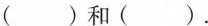
（）和（）.